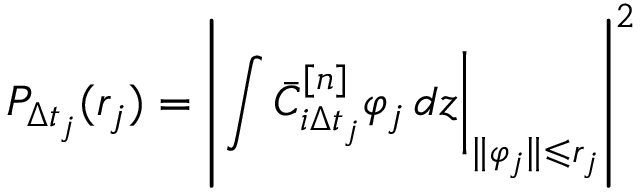
P _ { \Delta t _ { j } } ( r _ { j } ) = \left| \left. \int \bar { C } _ { i \Delta t _ { j } } ^ { [ n ] } \varphi _ { j } \mathop { } \! { d { z } } \right| _ { \| \varphi _ { j } \| \leqslant r _ { j } } \right| ^ { 2 }